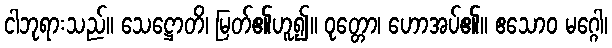
ငါဘုရားသည်။ သေဋ္ဌောတိ၊ မြတ်၏ဟူ၍။ ဝုတ္တော၊ ဟောအပ်၏။ ဧသောဝ မဂ္ဂေါ၊